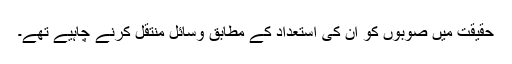
حقیقت میں صوبوں کو ان کی استعداد کے مطابق وسائل منتقل کرنے چاہیے تھے۔